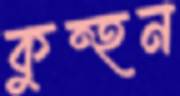
কুন্হন